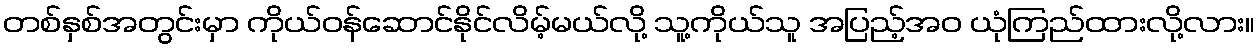
တစ်နှစ်အတွင်းမှာ ကိုယ်ဝန်ဆောင်နိုင်လိမ့်မယ်လို့ သူ့ကိုယ်သူ အပြည့်အဝ ယုံကြည်ထားလို့လား။